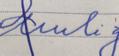
Signature authenticity: forged